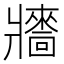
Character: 𤖠